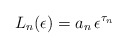
\begin{align*}L_{n} (\epsilon)= a_{n} \,\epsilon^{\tau_{n}}\;\end{align*}